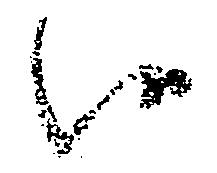
候